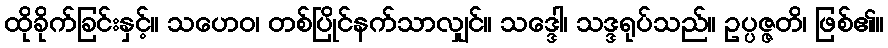
ထိုခိုက်ခြင်းနှင့်။ သဟေဝ၊ တစ်ပြိုင်နက်သာလျှင်။ သဒ္ဒေါ၊ သဒ္ဒရုပ်သည်။ ဥပ္ပဇ္ဇတိ၊ ဖြစ်၏။